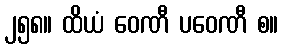
၂၅၈။ ထိယံ ဝေဏီ ပဝေဏီ စ။